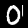
Digit: 0